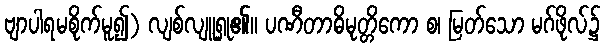
ဗျာပါရမစိုက်မူ၍) လျစ်လျူရှု၏။ ပဏီတာဓိမုတ္တိကော စ၊ မြတ်သော မဂ်ဖိုလ်၌